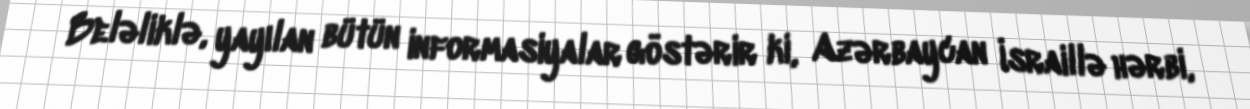
Beləliklə, yayılan bütün informasiyalar göstərir ki, Azərbaycan İsraillə hərbi,